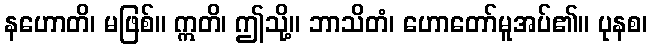
နဟောတိ၊ မဖြစ်။ ဣတိ၊ ဤသို့။ ဘာသိတံ၊ ဟောတော်မူအပ်၏။ ပုနစ၊